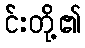
င်းတို့၏